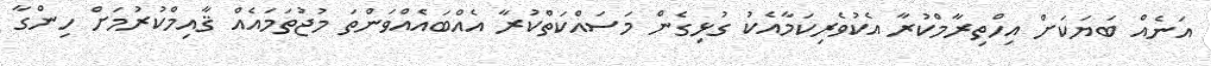
އަނެއް ބަޔަކަށް އިހްތިރާމްކުރާ އެކުވެރިކަމާއެކު ގުޅިގެން މަސައްކަތްކުރާ އެއްބައެއްވަންތަ މުުޖުތަމައެއް ޤާއިމްކުރުމަށް ހިންގާ